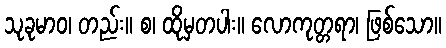
သုခုမာဝ၊ တည်း။ စ၊ ထိုမှတပါး။ လောကုတ္တရာ၊ ဖြစ်သော။